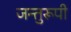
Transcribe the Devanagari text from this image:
जन्तुरूपी